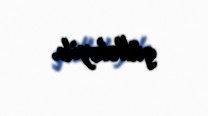
güllələyib.